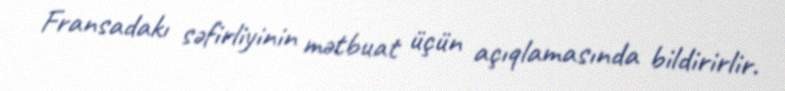
Fransadakı səfirliyinin mətbuat üçün açıqlamasında bildirirlir.